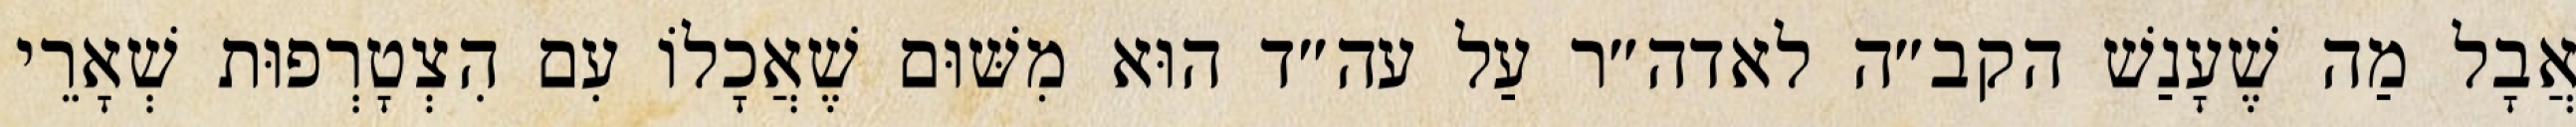
אֲבָל מַה שֶׁעָנַשׁ הקב״ה לאדה״ר עַל עה״ד הוּא מִשּׁוּם שֶׁאֲכָלוֹ עִם הִצְטָרְפוּת שְׁאָרֵי